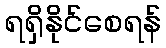
ရရှိနိုင်စေရန်